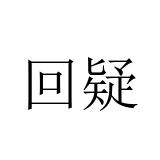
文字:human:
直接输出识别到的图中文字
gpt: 回疑